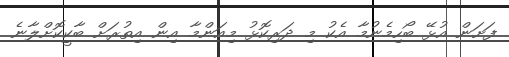
ފަށަން އުޅޭ ބޯހިމެނުމާ އެކު މި ދަރިކޮޅު މިއަންމާ އިން އިތުރަށް ބާކީކޮށްލާނެ